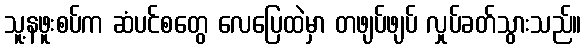
သူ့နဖူးစပ်က ဆံပင်စတွေ လေပြေထဲမှာ တဖျပ်ဖျပ် လှုပ်ခတ်သွားသည်။